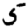
Digit: 5